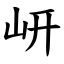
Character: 岍